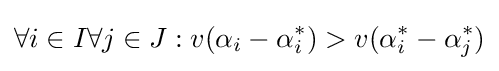
\forall i\in I\forall j\in J:v(\alpha _{i}-\alpha _{i}^{*})>v(\alpha _{i}^{*}-\alpha _{j}^{*})